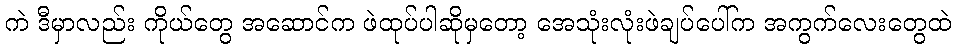
ကဲ ဒီမှာလည်း ကိုယ်တွေ အဆောင်က ဖဲထုပ်ပါဆိုမှတော့ အေသုံးလုံးဖဲချပ်ပေါ်က အကွက်လေးတွေထဲ